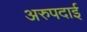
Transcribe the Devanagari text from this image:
अरुपदाई